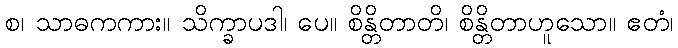
စ၊ သာဓကကား။ သိက္ခာပဒါ၊ ပေ။ စိန္တိတာတိ၊ စိန္တိတာဟူသော။ ဧတံ၊